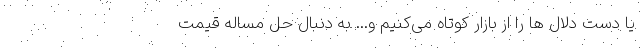
یا دست دلال ها را از بازار کوتاه می‌کنیم و... به دنبال حل مساله قیمت